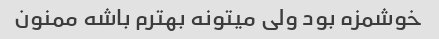
خوشمزه بود ولی میتونه بهترم باشه ممنون